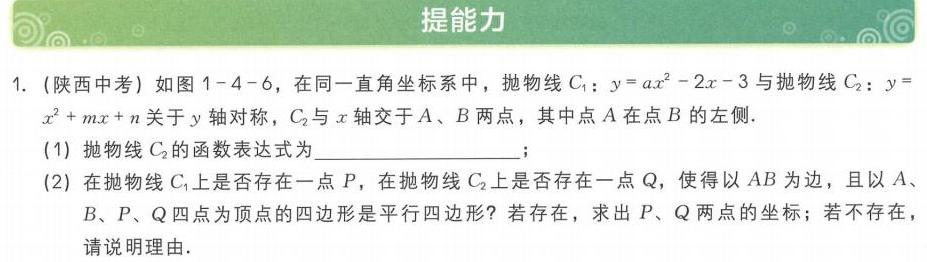
### 提能力
1. (陕西中考) 如图 1 - 4 - 6，在同一直角坐标系中，抛物线\(C_{1}:y = ax^{2}-2x - 3\)与抛物线\(C_{2}:y = x^{2}+mx + n\)关于\(y\)轴对称，\(C_{2}\)与\(x\)轴交于\(A、B\)两点，其中点\(A\)在点\(B\)的左侧.
(1) 抛物线\(C_{2}\)的函数表达式为________________；
(2) 在抛物线\(C_{1}\)上是否存在一点\(P\)，在抛物线\(C_{2}\)上是否存在一点\(Q\)，使得以\(AB\)为边，且以\(A、B、P、Q\)四点为顶点的四边形是平行四边形？若存在，求出\(P、Q\)两点的坐标；若不存在，请说明理由.